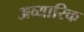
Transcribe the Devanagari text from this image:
अव्यारिक